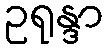
ဥရုန္ဒာ